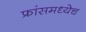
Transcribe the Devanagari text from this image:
फ्रांसमध्येच